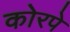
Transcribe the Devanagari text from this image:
कोरपे